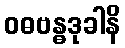
ဝဓဗန္ဓဒုခါနိ